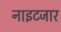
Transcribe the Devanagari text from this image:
नाइटजार